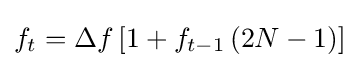
{\textstyle f_{t}=\Delta f\left[1+f_{t-1}\left(2N-1\right)\right]}